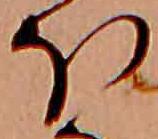
ほ